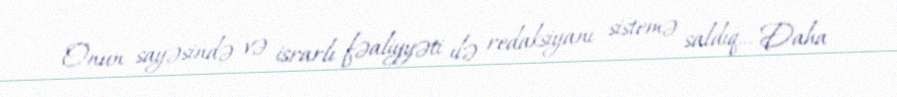
Onun sayəsində və israrlı fəaliyyəti ilə redaksiyanı sistemə saldıq... Daha